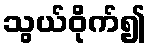
သွယ်ဝိုက်၍